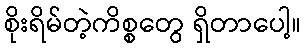
စိုးရိမ်တဲ့ကိစ္စတွေ ရှိတာပေါ့။